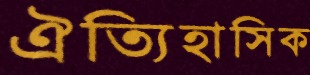
ঐত্যিহাসিক